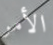
الأمر